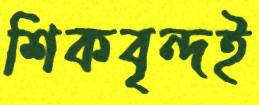
শিকবৃন্দই